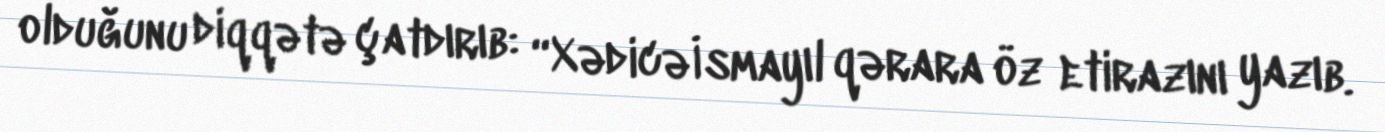
olduğunu diqqətə çatdırıb: “Xədicə İsmayıl qərara öz etirazını yazıb.